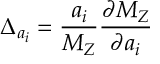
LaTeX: \Delta _ { a _ { i } } = { \frac { a _ { i } } { M _ { Z } } } { \frac { \partial M _ { Z } } { \partial a _ { i } } }